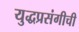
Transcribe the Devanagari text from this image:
युद्धप्रसंगीची